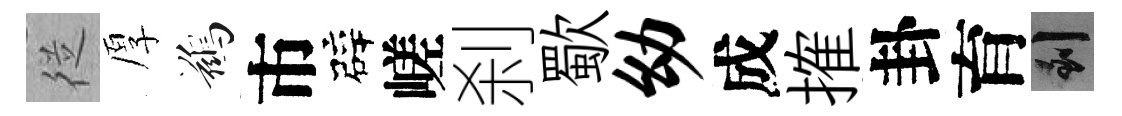
従厚鷀市辟嵯刹歜幼成搉卦育到